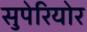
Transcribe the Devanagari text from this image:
सुपेरियोर